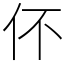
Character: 伓